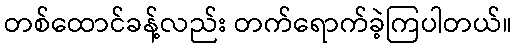
တစ်ထောင်ခန့်လည်း တက်ရောက်ခဲ့ကြပါတယ်။